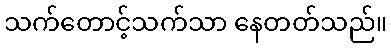
သက်တောင့်သက်သာ နေတတ်သည်။